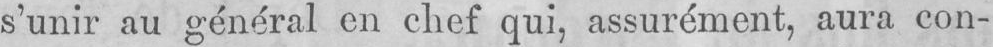
s’unir au général en chef qui, assurément, aura con-